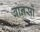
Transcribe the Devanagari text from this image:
बानसों